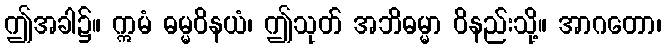
ဤအခါ၌။ ဣမံ ဓမ္မဝိနယံ၊ ဤသုတ် အဘိဓမ္မာ ဝိနည်းသို့။ အာဂတော၊